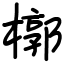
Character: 槨